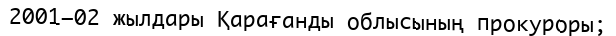
2001–02 жылдары Қарағанды облысының прокуроры;